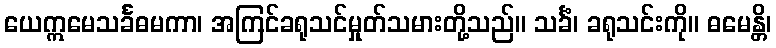
ယေဣမေသင်္ခဓမကာ၊ အကြင်ခရုသင်မှုတ်သမားတို့သည်။ သင်္ခံ၊ ခရုသင်းကို။ ဓမေန္တိ၊